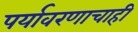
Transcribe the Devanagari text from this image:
पर्यावरणाचाही